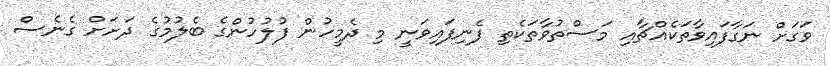
ވަގަށް ނަގާފައިވާތަކެއްޗާއި މަސްތުވާތަކެތި ފެނިފައިވަނީ މި ދެމީހުން ފުލުހުންގެ ބެލުމުގެ ދަށަށް ގެނެސް